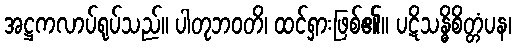
အဋ္ဌကလာပ်ရုပ်သည်။ ပါတုဘဝတိ၊ ထင်ရှားဖြစ်၏။ ပဋိသန္ဓိစိတ္တံပန၊